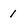
Character: 1